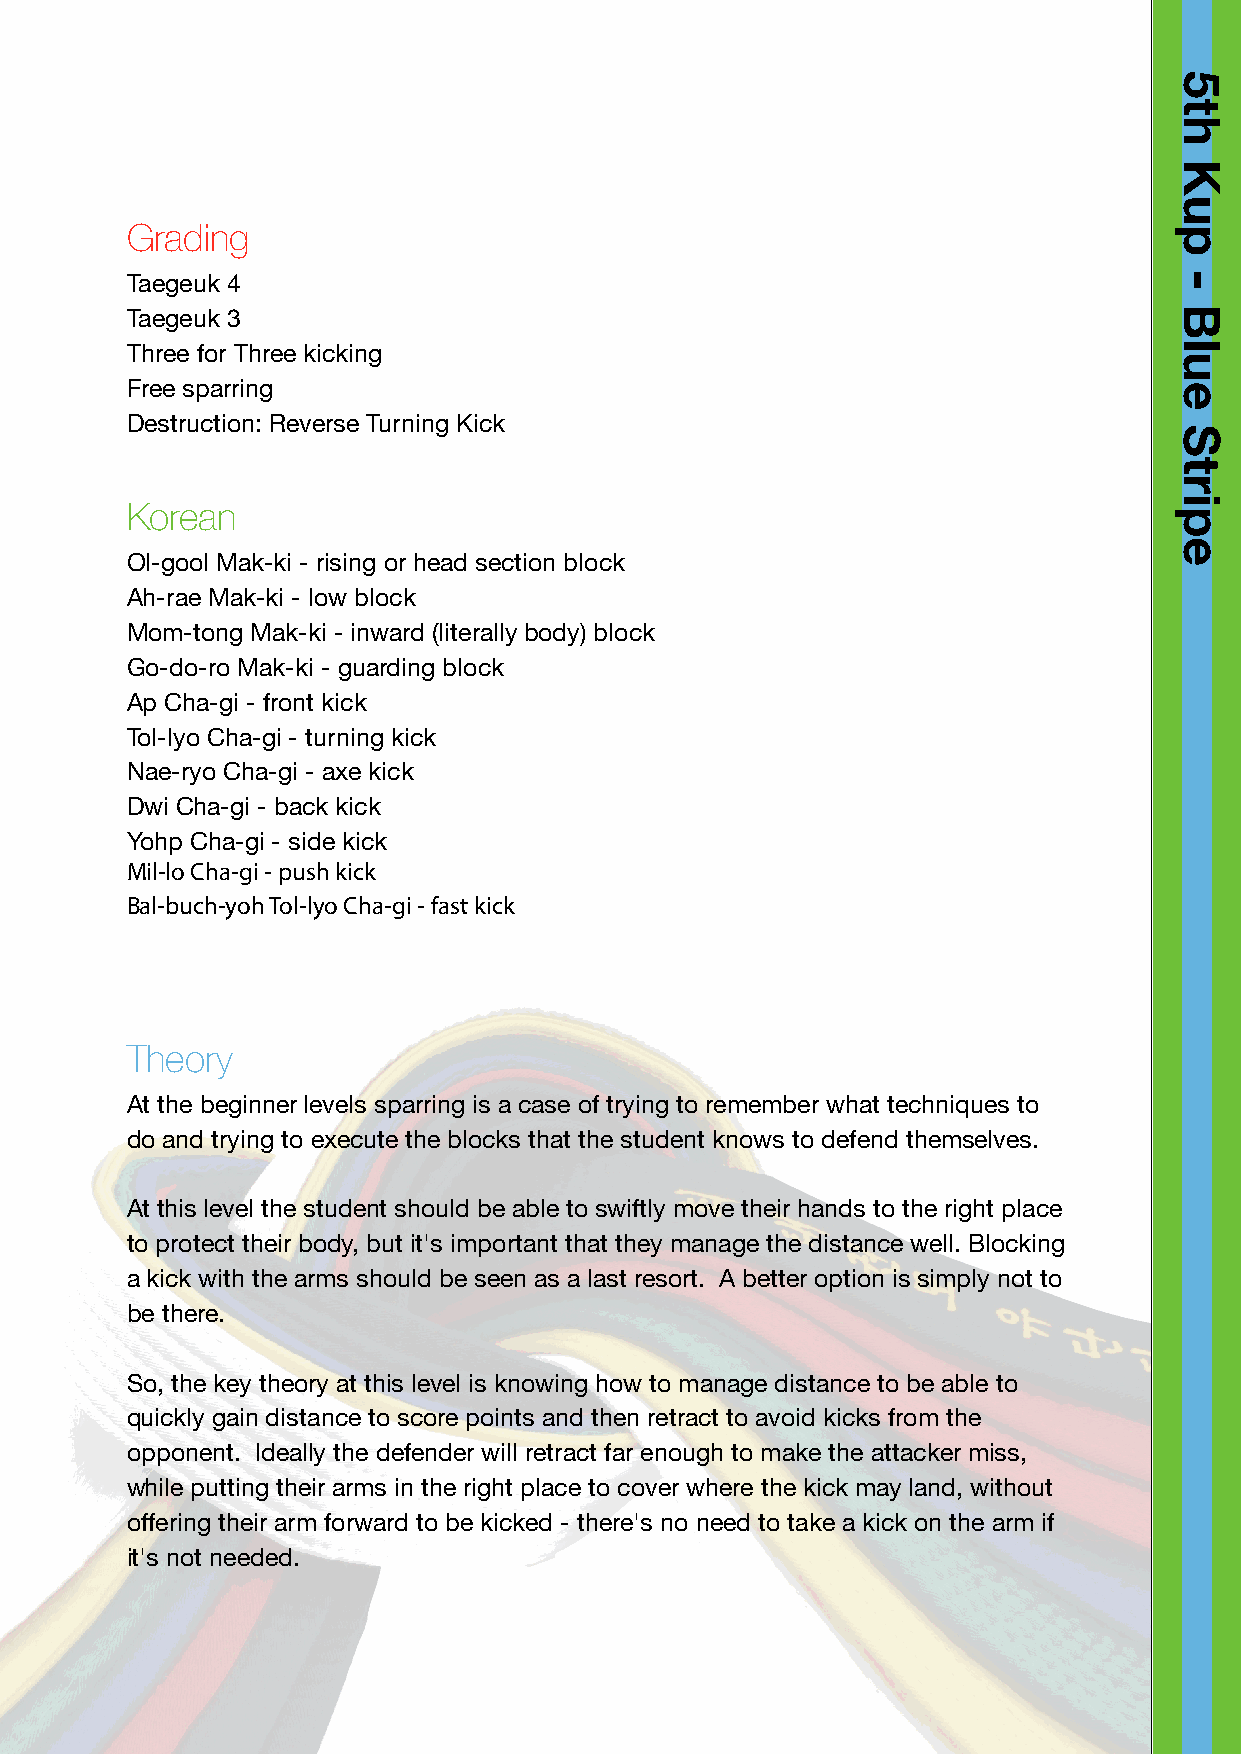
Grading
 Taegeuk 4
 Taegeuk 3
 Three for Three kicking
 Free sparring
 Destruction: Reverse Turning Kick
 Korean
 Ol-gool Mak-ki - rising or head section block
 Ah-rae Mak-ki - low block
 Mom-tong Mak-ki - inward (literally body) block
 Go-do-ro Mak-ki - guarding block
 Ap Cha-gi - front kick
 Tol-lyo Cha-gi - turning kick
 Nae-ryo Cha-gi - axe kick
 Dwi Cha-gi - back kick
 Yohp Cha-gi - side kick
 Mil-lo Cha-gi - push kick
 Bal-buch-yoh Tol-lyo Cha-gi - fast kick
 Theory
 At the beginner levels sparring is a case of trying to remember what techniques to
 do and trying to execute the blocks that the student knows to defend themselves.
 At this level the student should be able to swiftly move their hands to the right place
 to protect their body, but it's important that they manage the distance well. Blocking
 a kick with the arms should be seen as a last resort. A better option is simply not to
 be there.
 So, the key theory at this level is knowing how to manage distance to be able to
 quickly gain distance to score points and then retract to avoid kicks from the
 opponent. Ideally the defender will retract far enough to make the attacker miss,
 while putting their arms in the right place to cover where the kick may land, without
 offering their arm forward to be kicked - there's no need to take a kick on the arm if
 it's not needed.
 5th
 Kup
 -
 Blue
 Stripe